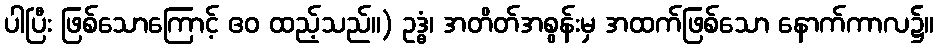
ပါပြီး ဖြစ်သောကြောင့် ဧဝ ထည့်သည်။) ဥဒ္ဓံ၊ အတိတ်အစွန်းမှ အထက်ဖြစ်သော နောက်ကာလ၌။